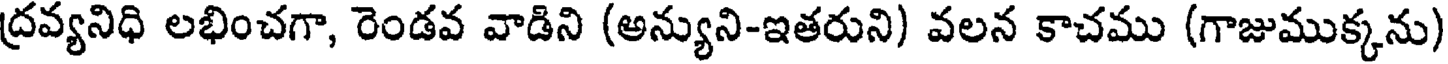
ద్రవ్యనిధి లభించగా, రెండవ వాడిని (అన్యుని-ఇతరుని) వలన కాచము (గాజుముక్కను)